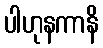
ပါဟုနကာနိ